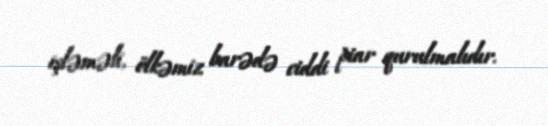
işləməli, ölkəmiz barədə ciddi piar qurulmalıdır.